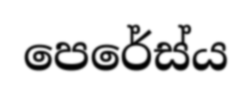
පෙරේස්ය